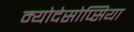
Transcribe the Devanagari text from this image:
म्योदेसोप्सिया